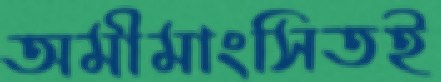
অমীমাংসিতই